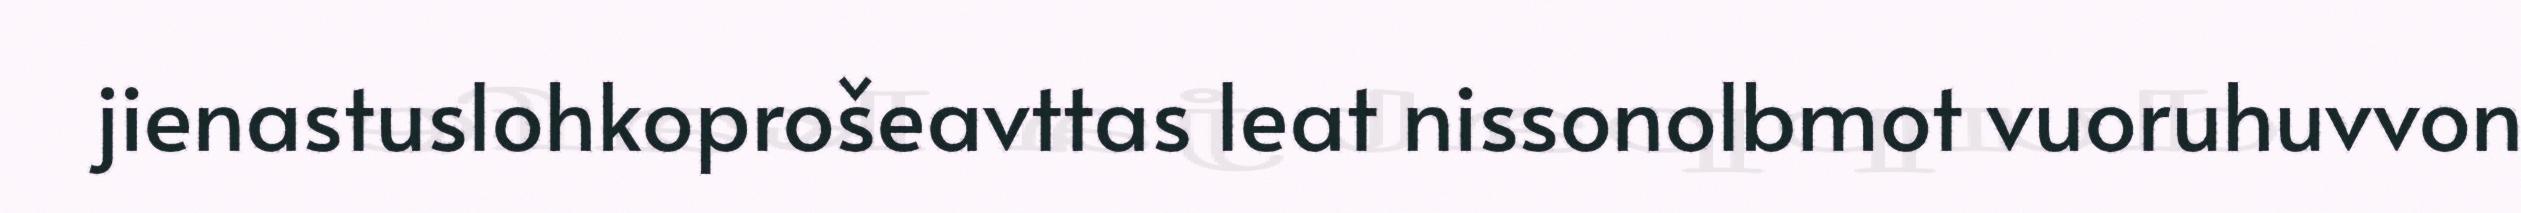
jienastuslohkoprošeavttas leat nissonolbmot vuoruhuvvon